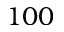
1 0 0